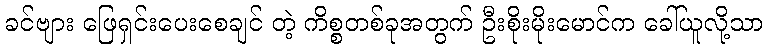
ခင်ဗျား ဖြေရှင်းပေးစေချင် တဲ့ ကိစ္စတစ်ခုအတွက် ဦးစိုးမိုးမောင်က ခေါ်ယူလို့သာ